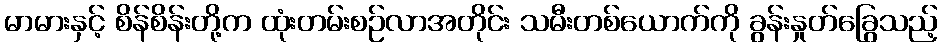
မာမားနှင့် စိန်စိန်းတို့က ထုံးတမ်းစဉ်လာအတိုင်း သမီးတစ်ယောက်ကို ခွန်းနှုတ်ခြွေသည့်